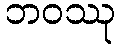
ဘဝဿု